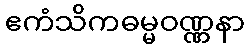
ဧကံသိကဓမ္မဝဏ္ဏနာ